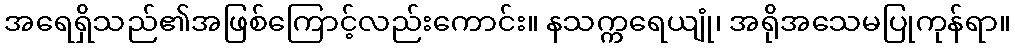
အရေရှိသည်၏အဖြစ်ကြောင့်လည်းကောင်း။ နသက္ကရေယျုံ၊ အရိုအသေမပြုကုန်ရာ။